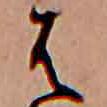
は